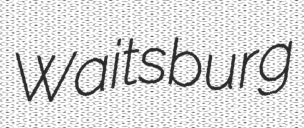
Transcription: Waitsburg